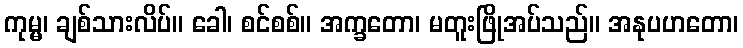
ကုမ္မ၊ ချစ်သားလိပ်။ ခေါ၊ စင်စစ်။ အက္ခတော၊ မတူးဖြိုအပ်သည်။ အနုပဟတော၊